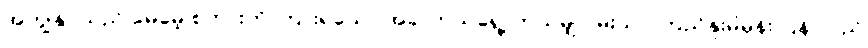
အကျွန်ုပ်သည် မေမေ့ စကားကို ကြားရသော အခါ ဘယ်ရွေ့ ဘယ်မျှ ဝမ်းသာ ကြည်နူးမိမှန်း ပြန် လည်